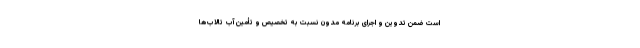
است ضمن تدوین و اجرای برنامه مدون نسبت به تخصیص و تأمین آب تالاب‌ها